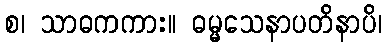
စ၊ သာဓကကား။ ဓမ္မသေနာပတိနာပိ၊